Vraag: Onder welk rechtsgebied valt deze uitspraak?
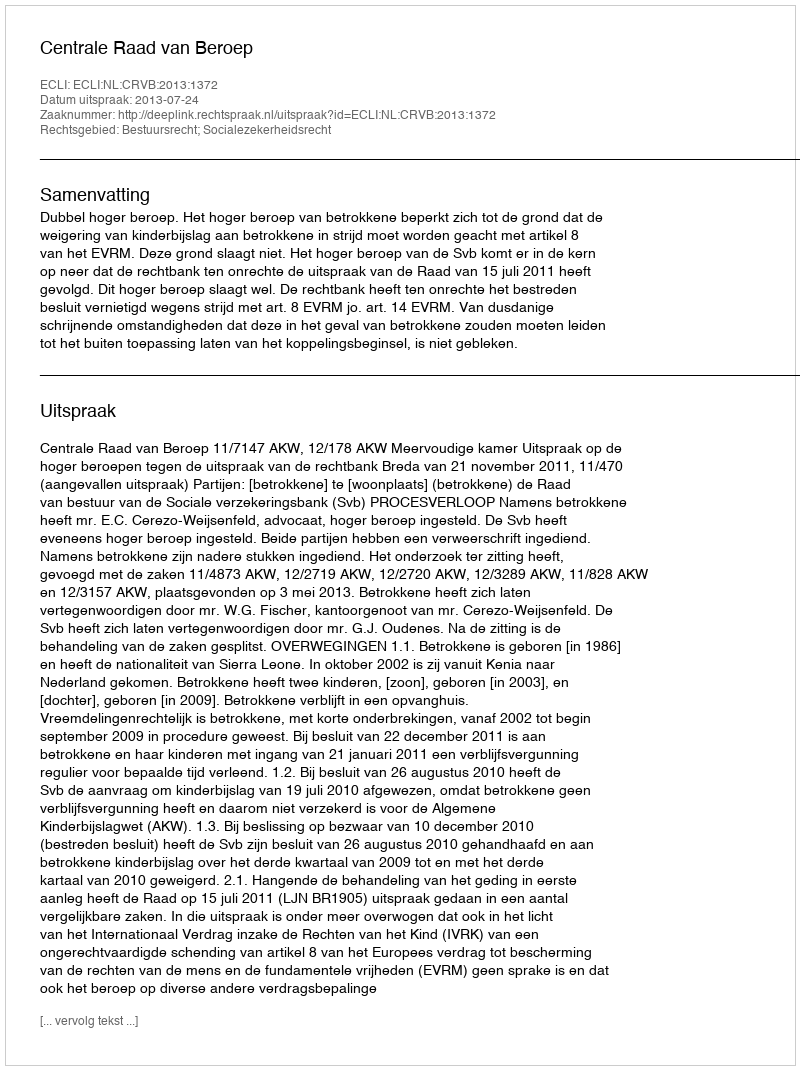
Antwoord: Bestuursrecht; Socialezekerheidsrecht